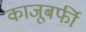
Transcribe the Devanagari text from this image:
काजूबर्फी